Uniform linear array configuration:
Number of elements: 4
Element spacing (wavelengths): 1
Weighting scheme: uniform
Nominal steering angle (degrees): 30
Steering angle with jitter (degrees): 28.516
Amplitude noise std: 0.05
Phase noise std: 0.05

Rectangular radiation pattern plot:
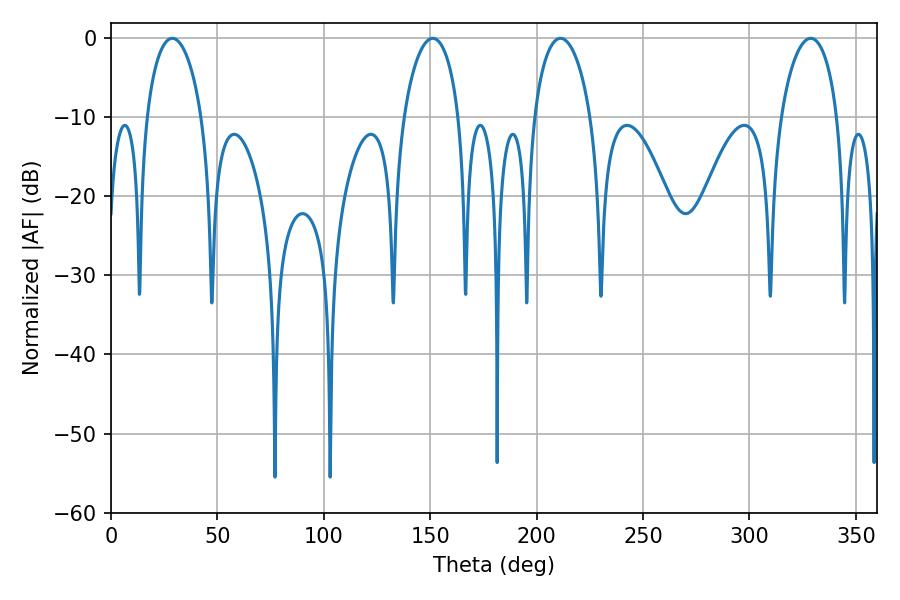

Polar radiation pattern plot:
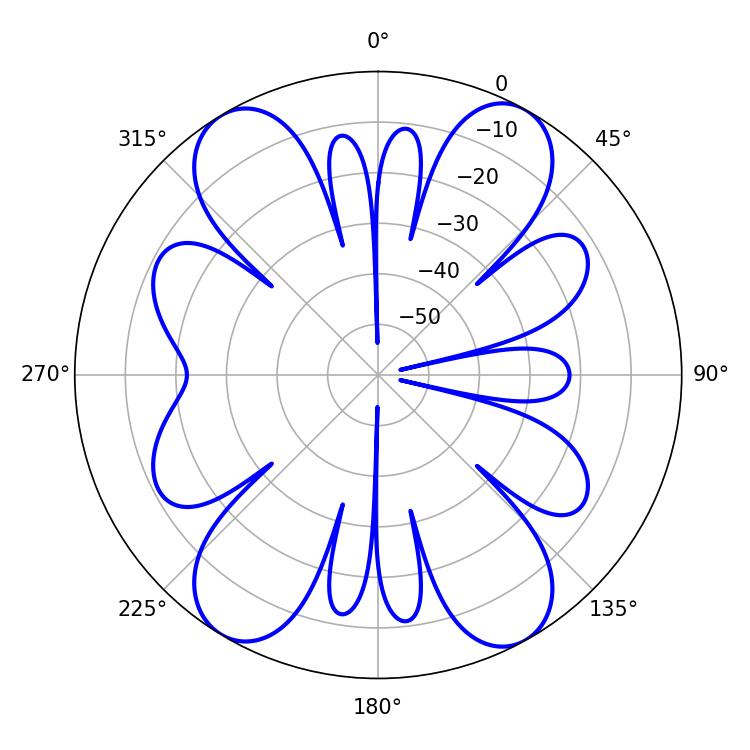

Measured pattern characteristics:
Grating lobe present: TRUE
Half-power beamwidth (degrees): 14.94
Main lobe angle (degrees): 28.8